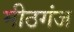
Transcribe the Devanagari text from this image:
मीठगंज